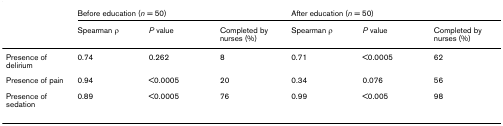
|  | <COLSPAN=3> Before education (n = 50) | <COLSPAN=3> After education (n = 50) |
 |  | Spearman ρ | P value | Completed by nurses (%) | Spearman ρ | P value | Completed by nurses (%) |
 | --- | --- | --- | --- | --- | --- | --- |
 | Presence of delirium | 0.74 | 0.262 | 8 | 0.71 | <0.0005 | 62 |
 | Presence of pain | 0.94 | <0.0005 | 20 | 0.34 | 0.076 | 56 |
 | Presence of sedation | 0.89 | <0.0005 | 76 | 0.99 | <0.005 | 98 |